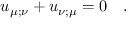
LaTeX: u _ { \mu ; \nu } + u _ { \nu ; \mu } = 0 ~ ~ ~ .